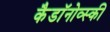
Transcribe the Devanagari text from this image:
कैडाॅनोव्स्की